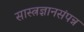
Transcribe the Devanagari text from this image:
सास्त्रज्ञानसंपन्न